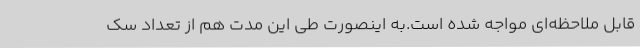
قابل ملاحظه‌ای مواجه شده است.به اینصورت طی این مدت هم از تعداد سک